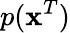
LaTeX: p(\mathbf{x}^{T})